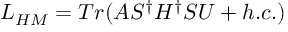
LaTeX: { \cal L } _ { H M } = T r ( A S ^ { \dagger } H ^ { \dagger } S U + h . c . )